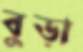
বুড়া